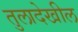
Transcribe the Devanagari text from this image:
तुलादेखील